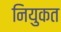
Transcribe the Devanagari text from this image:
नियुकत